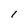
Character: I